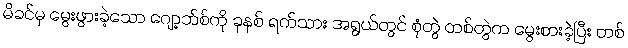
မိခင်မှ မွေးဖွားခဲ့သော ဂျော့ဘ်စ်ကို ခုနစ် ရက်သား အရွယ်တွင် စုံတွဲ တစ်တွဲက မွေးစားခဲ့ပြီး တစ်